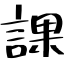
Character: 課